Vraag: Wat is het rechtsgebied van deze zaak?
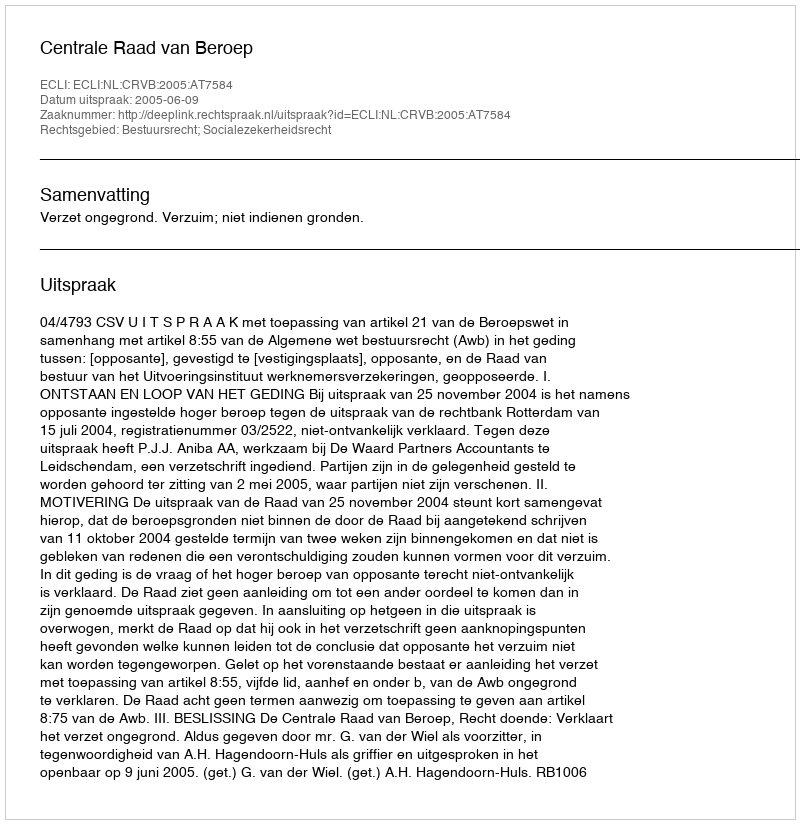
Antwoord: Bestuursrecht; Socialezekerheidsrecht